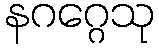
နဂဂ္ဂေသု